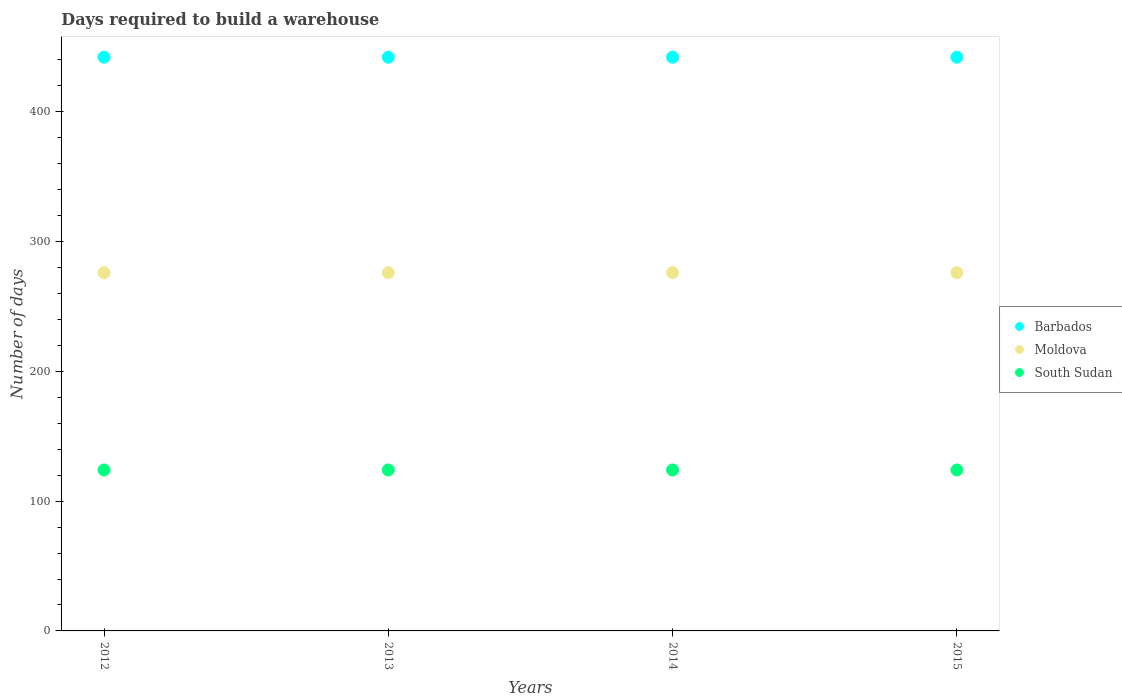
| Years | Barbados | Moldova | South Sudan |
 | --- | --- | --- | --- |
 | 2012 | 442 | 276 | 124 |
 | 2013 | 442 | 276 | 124 |
 | 2014 | 442 | 276 | 124 |
 | 2015 | 442 | 276 | 124 |